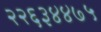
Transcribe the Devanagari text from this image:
२२६३४४७५